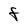
Character: F